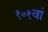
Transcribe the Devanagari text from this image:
१०१वां